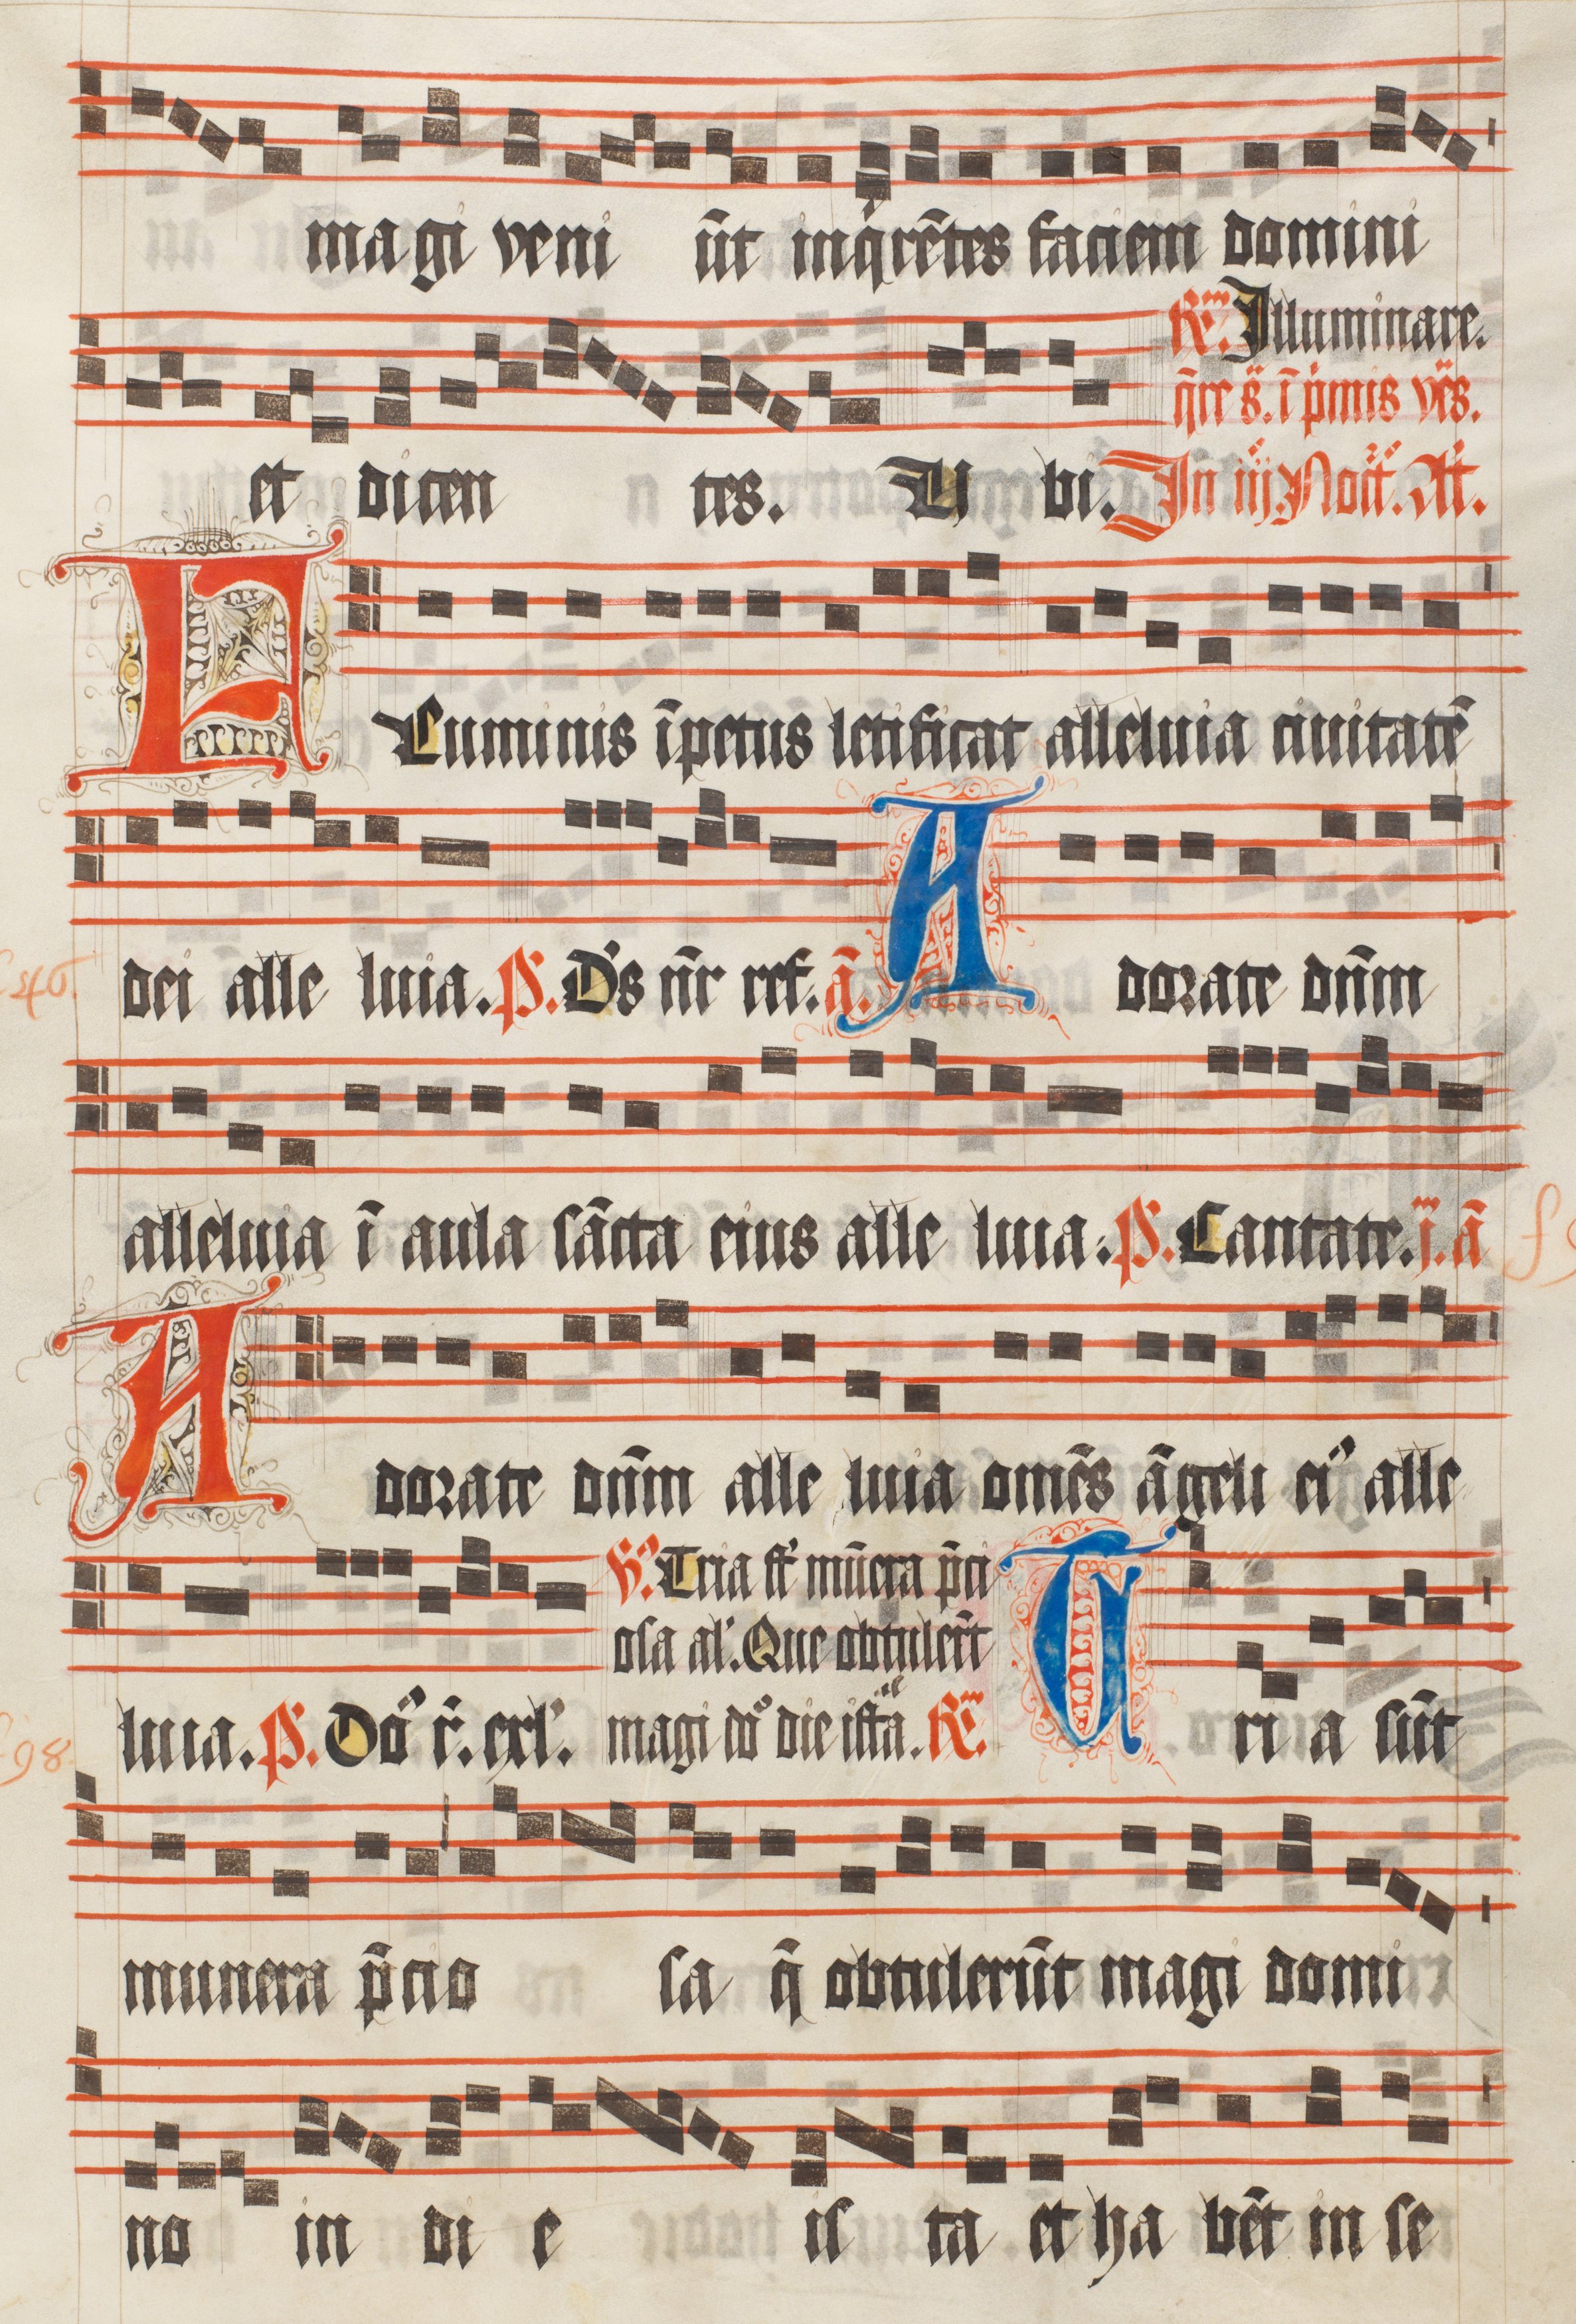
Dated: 1511–1517